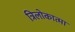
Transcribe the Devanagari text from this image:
त्रिलोकात्मा